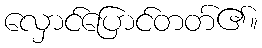
လှောင်ပြောင်တတ်၏။